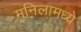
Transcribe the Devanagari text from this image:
मनिलामध्ये